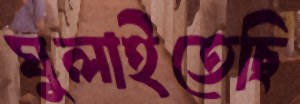
ঘুলাইতেছি